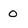
Character: 0